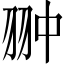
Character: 翀